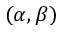
( \alpha , \beta )